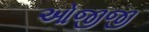
ઓજીજી